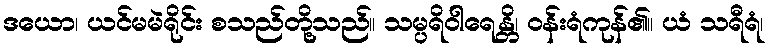
ဒယော၊ ယင်မမဲရိုင်း စသည်တို့သည်။ သမ္ပရိဝါရေန္တိ၊ ဝန်းရံကုန်၏။ ယံ သရီရံ၊